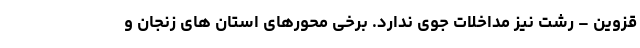
قزوین – رشت نیز مداخلات جوی ندارد. برخی محورهای استان های زنجان و